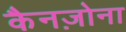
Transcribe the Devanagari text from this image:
कैनज़ोना